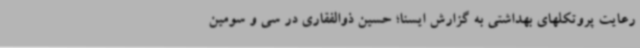
رعایت پروتکلهای بهداشتی به گزارش ایسنا؛ حسین ذوالفقاری در سی و سومین